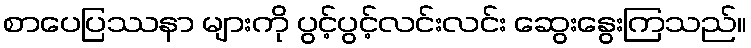
စာပေပြဿနာ များကို ပွင့်ပွင့်လင်းလင်း ဆွေးနွေးကြသည်။